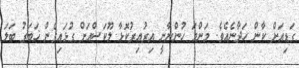
ގަޑިއަށް ކާން ހަދާނެއެވެ. މަންމަ ހުންނާނީ އިރުއިރުކޮޅާ ލޫކަސްއަށް ގުޅައިގެން ޚަބަރު ބަލަ